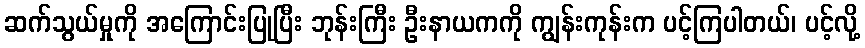
ဆက်သွယ်မှုကို အကြောင်းပြုပြီး ဘုန်းကြီး ဦးနာယကကို ကျွန်းကုန်းက ပင့်ကြပါတယ်၊ ပင့်လို့